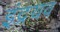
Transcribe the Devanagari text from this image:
इंद्रयव